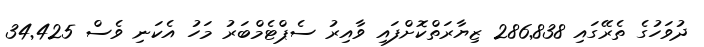
ދުވަހުގެ ތެރޭގައި 286